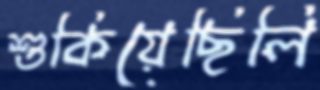
শুকিয়েছিলি